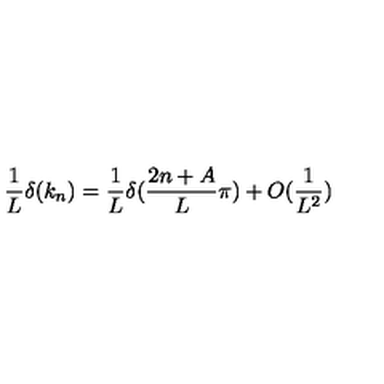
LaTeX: \frac { 1 } { L } \delta ( k _ { n } ) = \frac { 1 } { L } \delta ( \frac { 2 n + A } { L } \pi ) + O ( \frac { 1 } { L ^ { 2 } } )